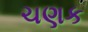
ચણક